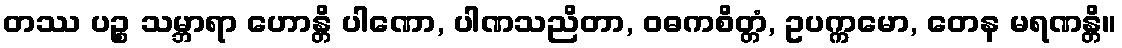
တဿ ပဉ္စ သမ္ဘာရာ ဟောန္တိ ပါဏော, ပါဏသညိတာ, ဝဓကစိတ္တံ, ဥပက္ကမော, တေန မရဏန္တိ။